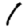
Digit: 1